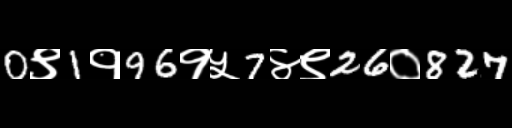
Text: 0९1१96१५7४९26०827